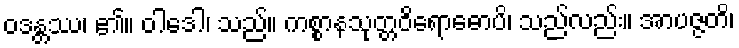
ဝဒန္တဿ၊ ၏။ ဝါဒေါ၊ သည်။ ကစ္စာနသုတ္တဝိရောဓောပိ၊ သည်လည်း။ အာပဇ္ဇတိ၊